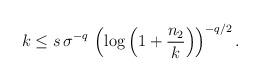
LaTeX: \begin{align*} k\leq s\,\sigma^{-q}\,\left (\log\left (1+\dfrac{n_2}{k}\right )\right )^{-q/2}. \end{align*}